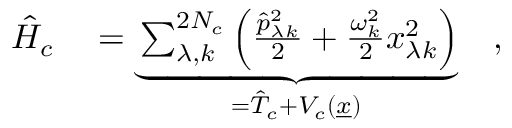
\begin{array} { r l } { \hat { H } _ { c } } & { { } = \underbrace { \sum _ { \lambda , k } ^ { 2 N _ { c } } \left( \frac { \hat { p } _ { \lambda k } ^ { 2 } } { 2 } + \frac { \omega _ { k } ^ { 2 } } { 2 } x _ { \lambda k } ^ { 2 } \right) } _ { = \hat { T } _ { c } + V _ { c } ( \underline { { x } } ) } \quad , } \end{array}